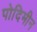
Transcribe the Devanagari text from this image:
पोदिमीन